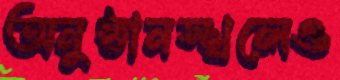
অনুষ্ঠানস্থলেও